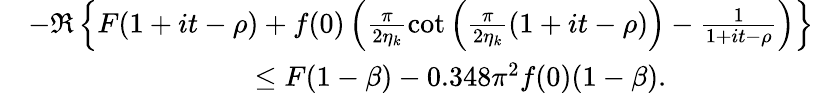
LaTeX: \begin{array}{rl}&{-\Re\left\{ F(1+it-\rho)+f(0)\left(\frac{\pi}{2\eta_{k}}\cot\left(\frac{\pi}{2\eta_{k}}(1+it-\rho)\right)-\frac{1}{1+it-\rho}\right)\right\} }\\ &{\qquad\qquad\qquad\qquad\le F(1-\beta)-0.348\pi^{2}f(0)(1-\beta).}\end{array}